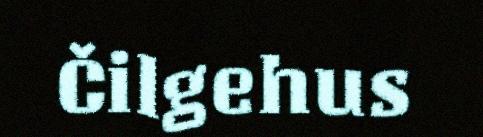
Čilgehus